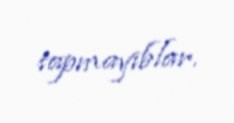
tapmayıblar.